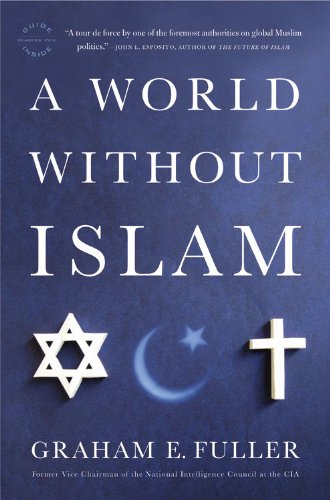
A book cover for A World Without Islam; Graham E. Fuller; Religion & Spirituality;